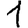
Digit: 1